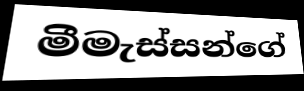
මීමැස්සන්ගේ